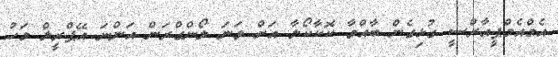
އެމްއެމްޕީއާރްސީ ގުޅިގެން ބާއްވާ ކޮކާކޯލާ އަށް ވަނަ ލޯންގްރަން އަންނަ އޭޕްރީލް މަހު